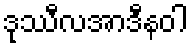
ဒုဿီလအာဒီနဝါ